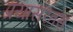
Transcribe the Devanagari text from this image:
प्रयासरतस